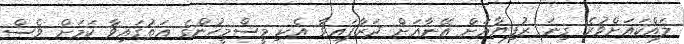
ލައްކައަށްވުރެ ގިނަ ރުފިޔާއަށް އޭނާއަށް ދަރާފައިވާ އެކި މީސްމީހުންގެ އަތުގައިވާ ކަމަށް ވެސް